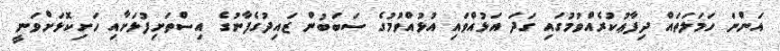
އަންނަ ހަމަލަތައް ދިފާޢުކުރެއްވުމުގައި ގަދަ އަޅުއްވައި އުޅުއްވުމުގެ ސަބަބުން ޒައިދުގެފާނުގެ އިސްތަށިފުޅަށާއި ހަށިކޮޅަށްވަނީ